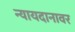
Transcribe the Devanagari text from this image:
न्यायदानावर